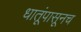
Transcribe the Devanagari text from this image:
धातूंपासूनच